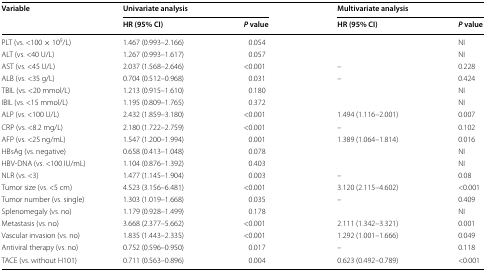
<table><thead><tr><td rowspan="2"><b>Variable</b></td><td colspan="2"><b>Univariate analysis</b></td><td colspan="2"><b>Multivariate analysis</b></td></tr><tr><td><b>HR (95% CI)</b></td><td><b><i>P</i> value</b></td><td><b>HR (95% CI)</b></td><td><b><i>P</i> value</b></td></tr></thead><tbody><tr><td>PLT (vs. &lt;100 × 10<sup>9</sup>/L)</td><td>1.467 (0.993–2.166)</td><td>0.054</td><td></td><td>NI</td></tr><tr><td>ALT (vs. &lt;40 U/L)</td><td>1.267 (0.993–1.617)</td><td>0.057</td><td></td><td>NI</td></tr><tr><td>AST (vs. &lt;45 U/L)</td><td>2.037 (1.568–2.646)</td><td>&lt;0.001</td><td>–</td><td>0.228</td></tr><tr><td>ALB (vs. &lt;35 g/L)</td><td>0.704 (0.512–0.968)</td><td>0.031</td><td>–</td><td>0.424</td></tr><tr><td>TBIL (vs. &lt;20 mmol/L)</td><td>1.213 (0.915–1.610)</td><td>0.180</td><td></td><td>NI</td></tr><tr><td>IBIL (vs. &lt;15 mmol/L)</td><td>1.195 (0.809–1.765)</td><td>0.372</td><td></td><td>NI</td></tr><tr><td>ALP (vs. &lt;100 U/L)</td><td>2.432 (1.859–3.180)</td><td>&lt;0.001</td><td>1.494 (1.116–2.001)</td><td>0.007</td></tr><tr><td>CRP (vs. &lt;8.2 mg/L)</td><td>2.180 (1.722–2.759)</td><td>&lt;0.001</td><td>–</td><td>0.102</td></tr><tr><td>AFP (vs. &lt;25 ng/mL)</td><td>1.547 (1.200–1.994)</td><td>0.001</td><td>1.389 (1.064–1.814)</td><td>0.016</td></tr><tr><td>HBsAg (vs. negative)</td><td>0.658 (0.413–1.048)</td><td>0.078</td><td></td><td>NI</td></tr><tr><td>HBV-DNA (vs. &lt;100 IU/mL)</td><td>1.104 (0.876–1.392)</td><td>0.403</td><td></td><td>NI</td></tr><tr><td>NLR (vs. &lt;3)</td><td>1.477 (1.145–1.904)</td><td>0.003</td><td>–</td><td>0.08</td></tr><tr><td>Tumor size (vs. &lt;5 cm)</td><td>4.523 (3.156–6.481)</td><td>&lt;0.001</td><td>3.120 (2.115–4.602)</td><td>&lt;0.001</td></tr><tr><td>Tumor number (vs. single)</td><td>1.303 (1.019–1.668)</td><td>0.035</td><td>–</td><td>0.409</td></tr><tr><td>Splenomegaly (vs. no)</td><td>1.179 (0.928–1.499)</td><td>0.178</td><td></td><td>NI</td></tr><tr><td>Metastasis (vs. no)</td><td>3.668 (2.377–5.662)</td><td>&lt;0.001</td><td>2.111 (1.342–3.321)</td><td>0.001</td></tr><tr><td>Vascular invasion (vs. no)</td><td>1.835 (1.443–2.335)</td><td>&lt;0.001</td><td>1.292 (1.001–1.666)</td><td>0.049</td></tr><tr><td>Antiviral therapy (vs. no)</td><td>0.752 (0.596–0.950)</td><td>0.017</td><td>–</td><td>0.118</td></tr><tr><td>TACE (vs. without H101)</td><td>0.711 (0.563–0.896)</td><td>0.004</td><td>0.623 (0.492–0.789)</td><td>&lt;0.001</td></tr></tbody></table>